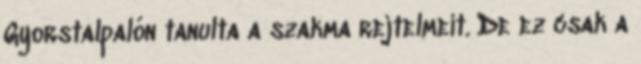
Gyors­tal­pa­lón ta­nulta a szakma rej­tel­meit. De ez csak a